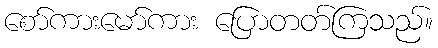
စော်ကားမော်ကား ပြောတတ်ကြသည်။